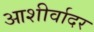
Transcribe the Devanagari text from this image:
आशीर्वादर